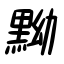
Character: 黝